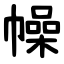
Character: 幧